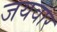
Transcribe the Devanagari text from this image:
जयवार